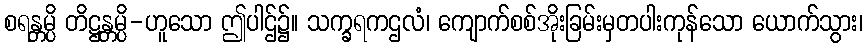
စရန္တမ္ပိ တိဋ္ဌန္တမ္ပိ-ဟူသော ဤပါဌ်၌။ သက္ခရကဌလံ၊ ကျောက်စစ်အိုးခြမ်းမှတပါးကုန်သော ယောက်သွား၊